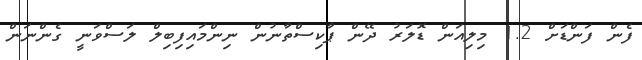
ފެން ފަންޑަށް 1.2 މިލިއަން ޑޮލަރު ދޭން ޕާކިސްތާނުން ނިންމައިފިބިލް ލަސްވަނީ ގެންނަން